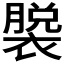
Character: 𫌎